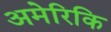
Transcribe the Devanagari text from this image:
अमेरिकि